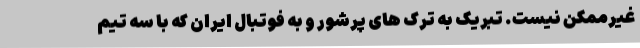
غیرممکن نیست. تبریک به ترک های پرشور و به فوتبال ایران که با سه تیم